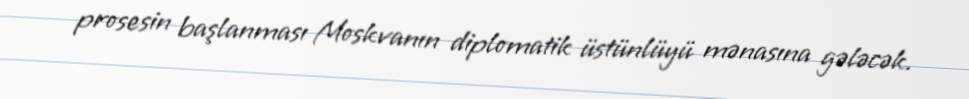
prosesin başlanması Moskvanın diplomatik üstünlüyü mənasına gələcək.